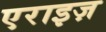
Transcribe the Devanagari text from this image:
एराइज़